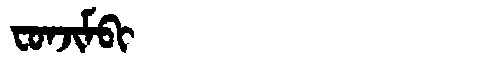
Manchu: ᠸᠣᠨᠵᡳᠮᠪᡳ
Romanization: FONJIMBI